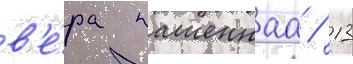
в'е́ра пашеннаа / 13